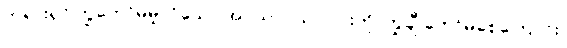
ဘုရားရှင်ကြွတော်မမူလိုသော အဂ္ဂသာဝသ ၂-ပါးကို ကြွချီ တော်မူစေကြောင်း၊